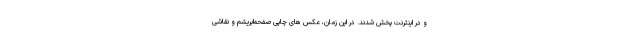
و در اینترنت پخش شدند. در این زمان، عکس های چاپی صفحه‌ابریشم و نقاشی